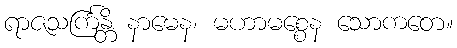
ရာဇသင်္ကြန္တိ နာမေန၊ မဟာမစ္စေန သောကတေ။